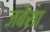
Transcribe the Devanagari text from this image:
जबेसा